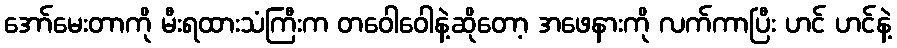
အော်မေးတာကို မီးရထားသံကြီးက တဝေါဝေါနဲ့ဆိုတော့ အဖေနားကို လက်ကာပြီး ဟင် ဟင်နဲ့